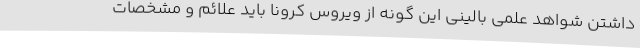
داشتن شواهد علمی بالینی این گونه از ویروس کرونا باید علائم و مشخصات